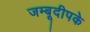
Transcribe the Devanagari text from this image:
जम्बूदीपके